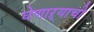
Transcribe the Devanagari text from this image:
घेणाऱ्याची